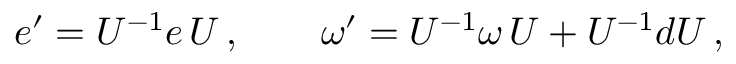
e ^ { \prime } = U ^ { - 1 } e \, U \, , \qquad \omega ^ { \prime } = U ^ { - 1 } \omega \, U + U ^ { - 1 } d U \, ,